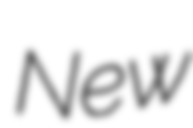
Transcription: New